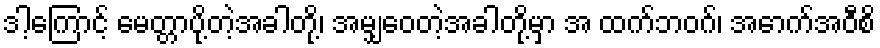
ဒါ့ကြောင့် မေတ္တာပို့တဲ့အခါတို့၊ အမျှဝေတဲ့အခါတို့မှာ အ ထက်ဘဝဂ်၊ အောက်အဝီစိ